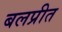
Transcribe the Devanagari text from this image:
बलप्रीत